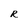
Character: R